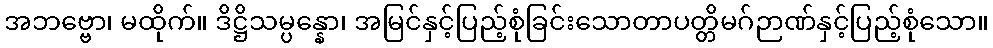
အဘဗ္ဗော၊ မထိုက်။ ဒိဋ္ဌိသမ္ပန္နော၊ အမြင်နှင့်ပြည့်စုံခြင်းသောတာပတ္တိမဂ်ဉာဏ်နှင့်ပြည့်စုံသော။